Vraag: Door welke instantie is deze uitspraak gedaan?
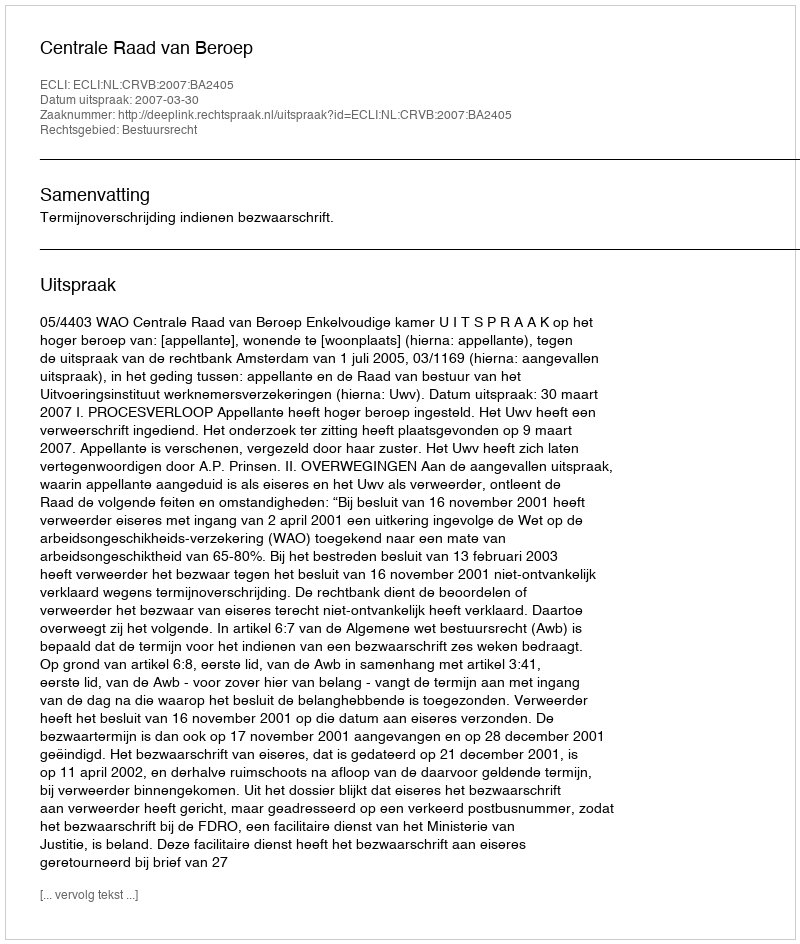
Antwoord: Centrale Raad van Beroep